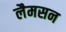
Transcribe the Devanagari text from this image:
लैमसन